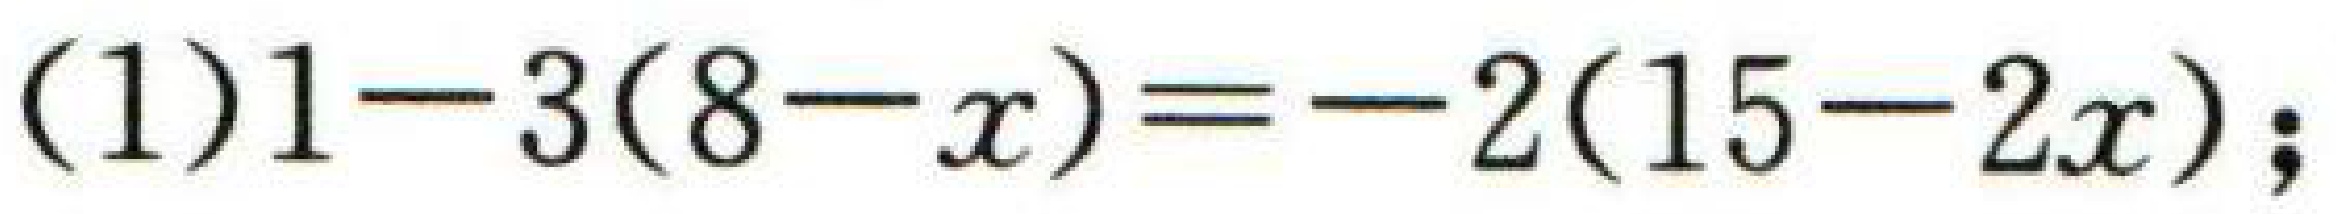
\((1)1 - 3(8 - x)=- 2(15 - 2x);\)